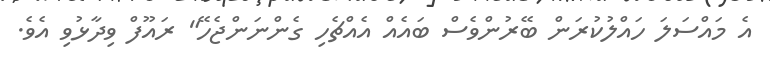
އެ މައްސަލަ ހައްލުކުރަން ބޭރުންވެސް ބައެއް އެއްޗެހި ގެންނަންޖެހޭ" ރައޫފް ވިދާޅުވި އެވެ.